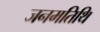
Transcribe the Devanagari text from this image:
जनमतिथि